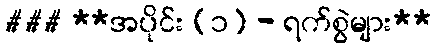
### **အပိုင်း (၁) - ရက်စွဲများ**